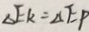
\Delta E K = \Delta E P